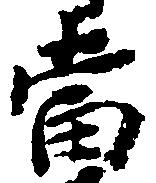
当